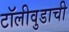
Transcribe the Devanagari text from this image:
टॉलीवुडाची